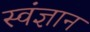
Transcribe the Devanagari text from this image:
स्वंज्ञान